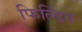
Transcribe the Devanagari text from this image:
फिल्डिंग